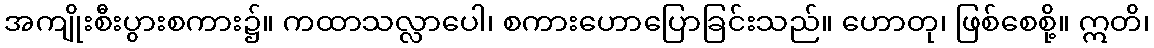
အကျိုးစီးပွားစကား၌။ ကထာသလ္လာပေါ၊ စကားဟောပြောခြင်းသည်။ ဟောတု၊ ဖြစ်စေစို့။ ဣတိ၊